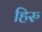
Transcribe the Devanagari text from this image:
हिरु